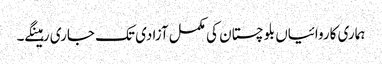
ہماری کاروائیاں بلوچستان کی مکمل آزادی تک جاری رہینگے۔